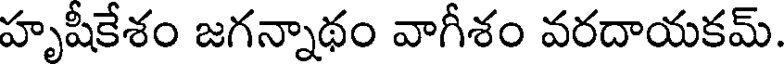
హృషీకేశం జగన్నాథం వాగీశం వరదాయకమ్.